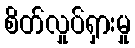
စိတ်လှုပ်ရှားမှု